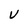
Character: V